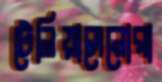
টেলিয়াসেনোরা